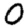
Digit: 0